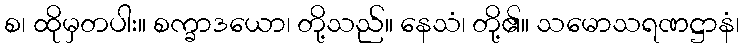
စ၊ ထိုမှတပါး။ စက္ခာဒယော၊ တို့သည်။ နေသံ၊ တို့၏။ သမောသရဏဋ္ဌာနံ၊